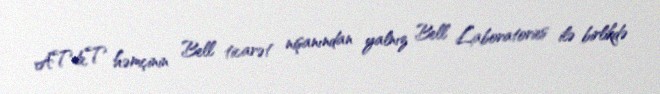
AT&T həmçinin Bell ticarət nişanından yalnız Bell Laboratories ilə birlikdə